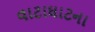
વાટાઘાટના